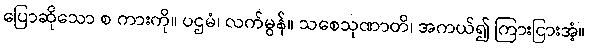
ပြောဆိုသော စ ကားကို။ ပဌမံ၊ လက်မွန်။ သစေသုဏာတိ၊ အကယ်၍ ကြားငြားအံ့။